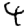
Digit: 4